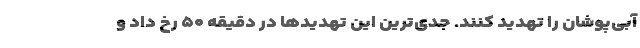
آبی‌پوشان را تهدید کنند. جدی‌ترین این تهدیدها در دقیقه ۵۰ رخ داد و